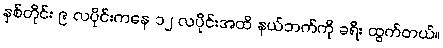
နှစ်တိုင်း ၉ လပိုင်းကနေ ၁၂ လပိုင်းအထိ နယ်ဘက်ကို ခရီး ထွက်တယ်။